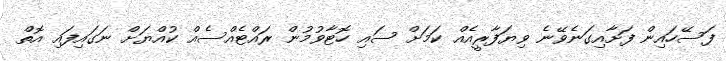
ފަސޭހައިން ފަށާއިގަނެވޭނެ ވިޔަފާރީއެއް ކަމަށް ސައި ހޮޓާވުމުން ރައްޓެއްސެއް ކުއްޔަށް ނަގައިފައި އޮތް